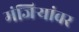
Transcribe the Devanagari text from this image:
मंजिऱ्यांवर